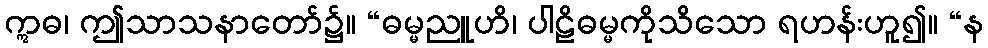
ဣဓ၊ ဤသာသနာတော်၌။ “ဓမ္မညူဟိ၊ ပါဠိဓမ္မကိုသိသော ရဟန်းဟူ၍။ “န